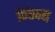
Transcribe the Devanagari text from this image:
फ़न्न्य